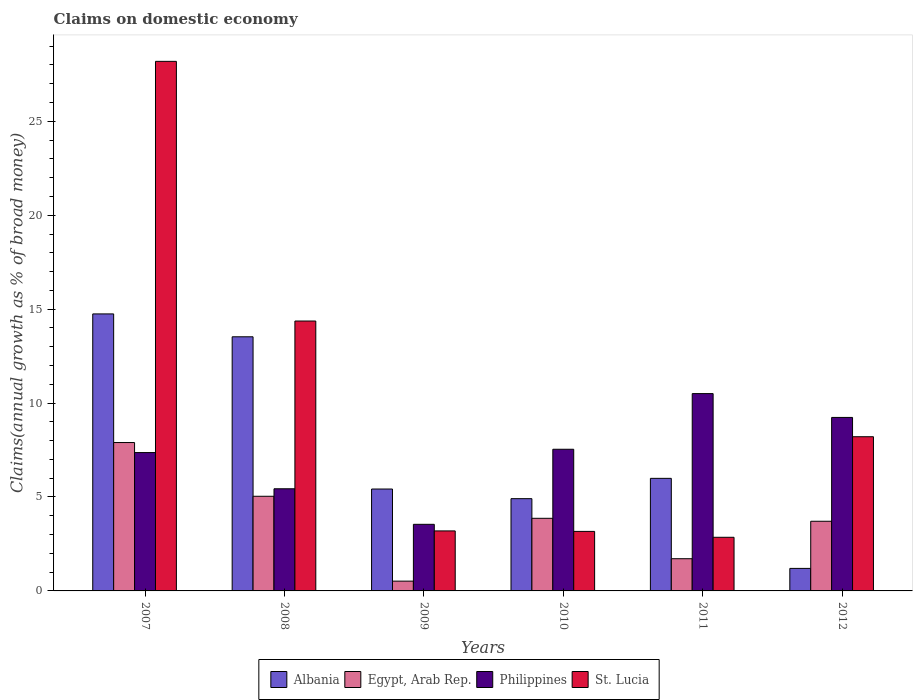
| Years | Albania | Egypt, Arab Rep. | Philippines | St. Lucia |
 | --- | --- | --- | --- | --- |
 | 2007 | 14.7 | 7.9 | 7.37 | 28.2 |
 | 2008 | 13.5 | 5.04 | 5.44 | 14.4 |
 | 2009 | 5.42 | 0.521 | 3.55 | 3.19 |
 | 2010 | 4.91 | 3.87 | 7.54 | 3.17 |
 | 2011 | 5.99 | 1.71 | 10.5 | 2.86 |
 | 2012 | 1.2 | 3.71 | 9.24 | 8.21 |